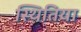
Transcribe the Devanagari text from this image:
स्थितिया